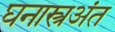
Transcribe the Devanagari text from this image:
घनास्त्रअंत